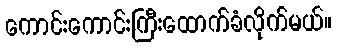
ကောင်းကောင်းကြီးထောက်ခံလိုက်မယ်။